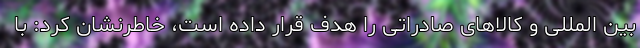
بین المللی و کالاهای صادراتی را هدف قرار داده است، خاطرنشان کرد: با